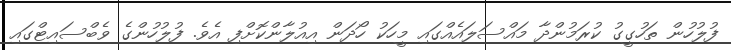
ފުލުހުން ތަހުގީގު ކުރަމުންދާ މައްސަލައެއްގައި މީހަކު ހޯދަން އިއުލާންކޮށްފި އެވެ. ފުލުހުންގެ ވެބްސައިޓްގައި